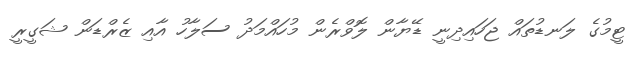
ޓީމުގެ ލަނޑުތައް ޖަހައިދިނީ ޑޭޔާން ލޮވްރެން މުހައްމަދު ސަލާހު އާއި ޒެރްޑަން ޝަގީރީ